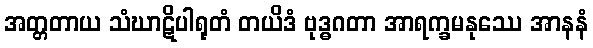
အတ္တတာယ သံဃာဋိပါရုတံ တယိဒံ ဗုဒ္ဓဂတာ အာရက္ခမနုဿေ အာနနံ